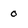
Character: 0